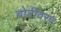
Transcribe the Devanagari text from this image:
बोटीवरच